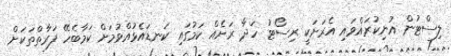
ލިސްޓުން އުނިކުރައްވައި އެރަށަކީ ރިސޯޓު ހަދާ ރަށެއް ކަމުގައި ކަނޑައެޅުއްވުމަށް ކަމާބެހޭ ފަރާތްތަކަށް